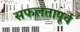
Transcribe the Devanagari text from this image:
सफलतापूर्व